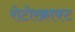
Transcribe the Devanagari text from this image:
रोटोरक्राफ्ट